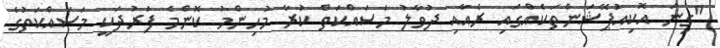
"ގިނަ އޮކިއުޕޭޝަންތަކެއްގައި ރެއާއި ދުވާލު މަސައްކަތް ކުރާ މުހިންމު ކޮންމެ ފަރުދަކީ މަސައްކަތުގެ